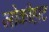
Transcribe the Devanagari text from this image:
जोकीहाट